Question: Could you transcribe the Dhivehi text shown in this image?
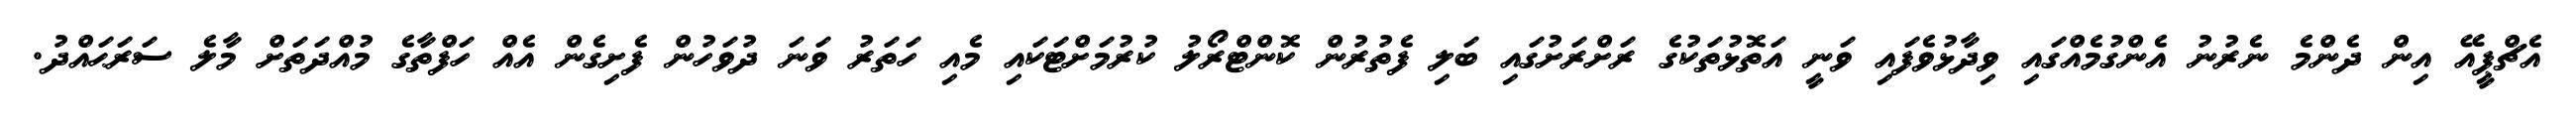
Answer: އެޗްޕީއޭ އިން ދެންމެ ނެރުނު އެންގުމެއްގައި ވިދާޅުވެފައި ވަނީ އަތޮޅުތަކުގެ ރަށްރަށުގައި ބަލި ފެތުރުން ކޮންޓްރޯލު ކުރުމަށްޓަކައި މެއި ހަތަރު ވަނަ ދުވަހުން ފެށިގެން އެއް ހަފްތާގެ މުއްދަތަށް މާލެ ސަރަޙައްދު.